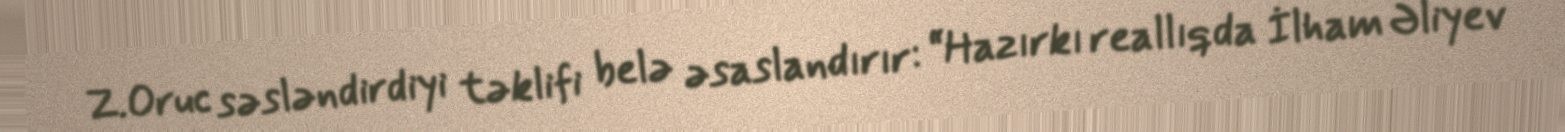
Z.Oruc səsləndirdiyi təklifi belə əsaslandırır: “Hazırkı reallıqda İlham Əliyev